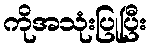
ကိုအသုံးပြုပြီး